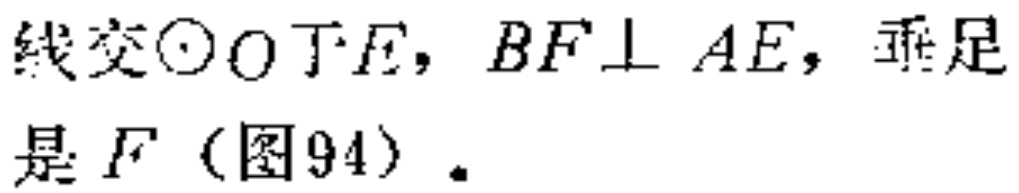
线交\(\odot O\)于\(E\)，\(BF\perp AE\)，垂足是\(F\)（图94）.